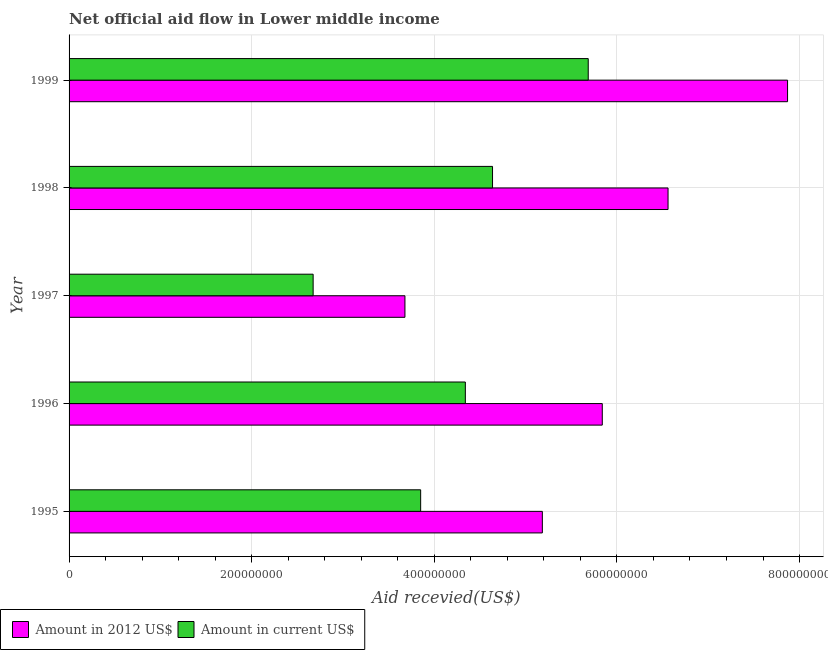
| Year | Amount in 2012 US$ | Amount in current US$ |
 | --- | --- | --- |
 | 1995 | 5.18e+08 | 3.85e+08 |
 | 1996 | 5.84e+08 | 4.34e+08 |
 | 1997 | 3.68e+08 | 2.67e+08 |
 | 1998 | 6.56e+08 | 4.64e+08 |
 | 1999 | 7.87e+08 | 5.69e+08 |